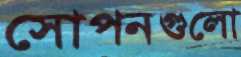
সোপনগুলো